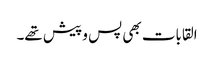
القابات بھی پس و پیش تھے۔